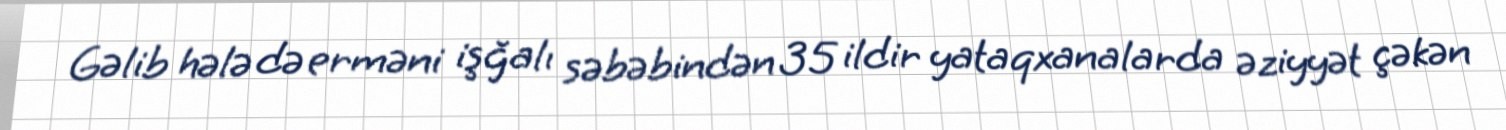
Gəlib hələ də erməni işğalı səbəbindən 35 ildir yataqxanalarda əziyyət çəkən